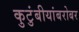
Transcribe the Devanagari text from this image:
कुटुंबीयांबरोबर